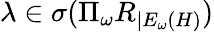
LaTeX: \lambda\in\sigma(\Pi_{\omega}R_{|E_{\omega}(H)})